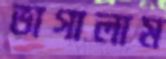
ভাগালাম